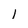
Character: 1